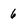
Character: 6